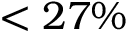
< 2 7 \%